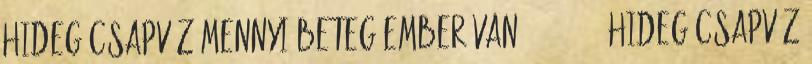
Hideg csapvíz mennyi beteg ember van 23:45:25 Hideg csapvíz